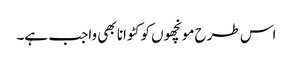
اس طرح مونچھوں کو کٹوانا بھی واجب ہے۔